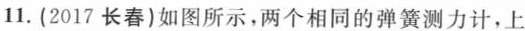
11. (2017 长春)如图所示，两个相同的弹簧测力计，上